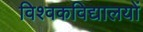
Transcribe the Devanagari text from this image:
विश्वकविद्यालयों